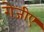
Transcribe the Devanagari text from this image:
रोजीए